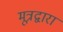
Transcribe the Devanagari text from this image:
मूत्रद्वारा